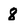
Character: 8